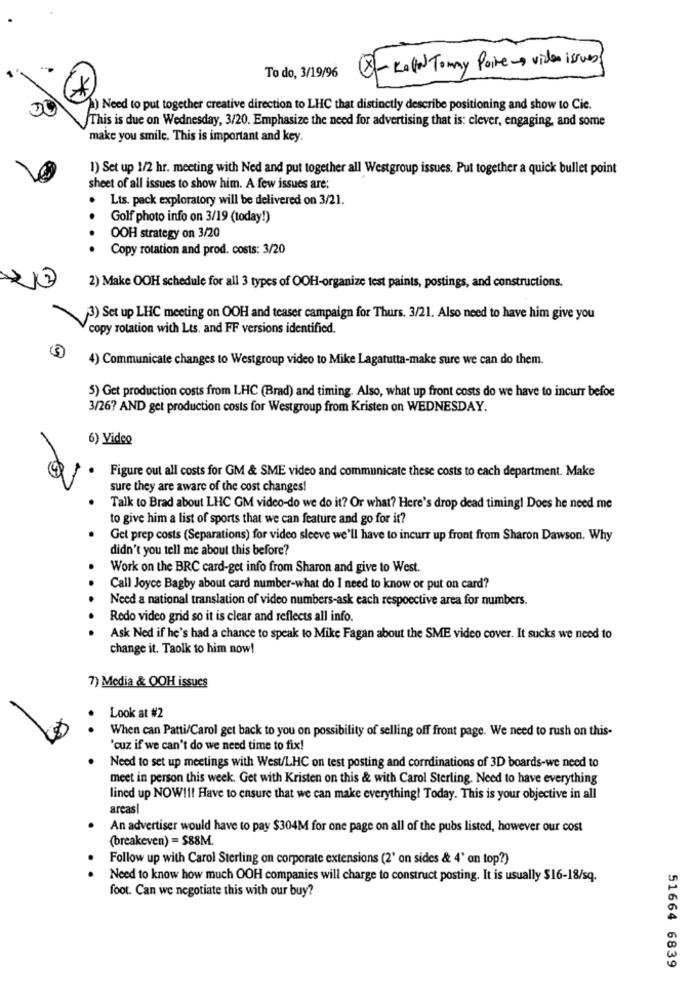
To do, 3/19/96
- Kollar Tommy Porremo vida issues
*
A) Need to put together creative direction to LHC that distinctly describe positioning and show to Cie.
This is due on Wednesday, 3/20. Emphasize the need for advertising that is: clever, engaging, and some
make you smile. This is important and key.
1) Set up 1/2 hr. meeting with Ned and put together all Westgroup issues. Put together a quick bullet point
sheet of all issues to show him. A few issues are:
.
Lts. pack exploratory will be delivered on 3/21.
Golf photo info on 3/19 (today!)
OOH strategy on 3/20
Copy rotation and prod. costs: 3/20
2) Make OOH schedule for all 3 types of OOH-organize test paints, postings, and constructions.
3) Set up LHC meeting on OOH and teaser campaign for Thurs. 3/21. Also need to have him give you
copy rotation with Lts. and FF versions identified.
4) Communicate changes to Westgroup video to Mike Lagatutta-make sure we can do them.
5) Get production costs from LHC (Brad) and timing. Also, what up front costs do we have to incurr befoe
3/26? AND get production costs for Westgroup from Kristen on WEDNESDAY.
6) Video
Figure out all costs for GM & SME video and communicate these costs to each department. Make
sure they are aware of the cost changes!
Talk to Brad about LHC GM video-do we do it? Or what? Here's drop dead timing! Does he need me
to give him a list of sports that we can feature and go for it?
Get prep costs (Separations) for video sleeve we'll have to incurr up front from Sharon Dawson. Why
didn't you tell me about this before?
Work on the BRC card-get info from Sharon and give to West.
Call Joyce Bagby about card number-what do I need to know or put on card?
Need a national translation of video numbers-ask each respoective area for numbers.
Redo video grid so it is clear and reflects all info.
Ask Ned if he's had a chance to speak to Mike Fagan about the SME video cover. It sucks we need to
change it. Taolk to him now!
7) Media & OOH issues
Look at #2
When can Patti/Carol get back to you on possibility of selling off front page. We need to rush on this-
'cuz if we can't do we need time to fix!
Need to set up meetings with West/LHC on test posting and corrdinations of 3D boards-we need to
meet in person this week. Get with Kristen on this & with Carol Sterling. Need to have everything
lined up NOW !!! Have to ensure that we can make everything! Today. This is your objective in all
areas
An advertiser would have to pay $304M for one page on all of the pubs listed, however our cost
(breakeven) = $88M.
Follow up with Carol Sterling on corporate extensions (2' on sides & 4' on top?)
Need to know how much OOH companies will charge to construct posting. It is usually $16-18/sq.
foot. Can we negotiate this with our buy?
51664 6839